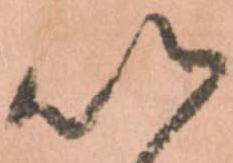
以